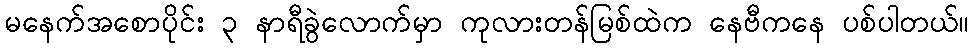
မနေက်အစောပိုင်း ၃ နာရီခွဲလောက်မှာ ကုလားတန်မြစ်ထဲက နေဗီကနေ ပစ်ပါတယ်။